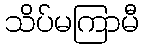
သိပ်မကြာမီ